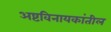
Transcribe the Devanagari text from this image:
अष्टविनायकांतील